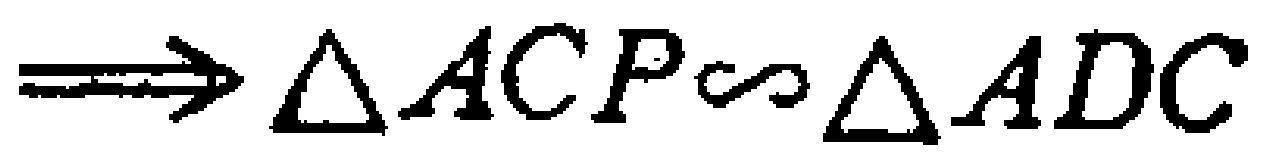
$\Longrightarrow \triangle ACP\sim \triangle ADC$